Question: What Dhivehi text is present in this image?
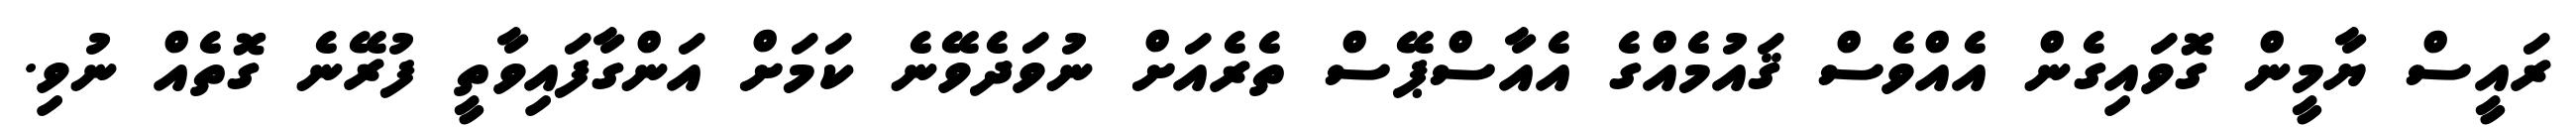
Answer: ރައީސް ޔާމީން ގޮވައިގެން އެއްވެސް ޤައުމެއްގެ އެއާސްޕޭސް ތެރެއަށް ނުވަދެވޭނެ ކަމަށް އަންގާފައިވާތީ ފުރޭނެ ގޮތެއް ނުވި.